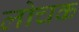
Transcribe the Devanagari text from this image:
लोचक